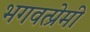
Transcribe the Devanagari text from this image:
भगवत्प्रेमी